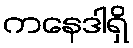
ကနေဒါရှိ